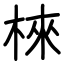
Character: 棶